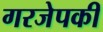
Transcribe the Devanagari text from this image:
गरजेपकी